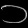
Digit: ၁